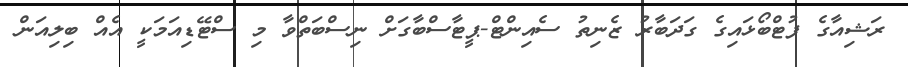
ރަޝިއާގެ ފުޓްބޯޅައިގެ ގަދަބާރު ޒެނިތު ސެއިންޓް-ޕީޓާސްބާގަށް ނިސްބަތްވާ މި ސްޓޭޑިއަމަކީ އެއް ބިލިއަން